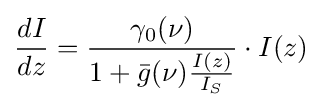
{dI \over dz}={\gamma _{0}(\nu ) \over 1+{\bar {g}}(\nu ){I(z) \over I_{S}}}\cdot I(z)